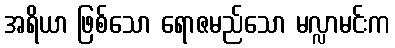
အရိယာ ဖြစ်သော ရောဇမည်သော မလ္လာမင်းက